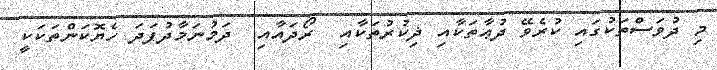
މި ދުވަސްތަކުގައި ކުރެވޭ ދުޢާތަކާއި ޛިކުރުތަކާއި  ރޯދައާއި  ދަމުނަމާދުފަދަ ހެޔޮކަންތަކަކީ